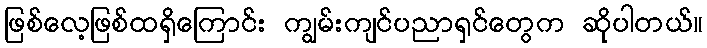
ဖြစ်လေ့ဖြစ်ထရှိကြောင်း ကျွမ်းကျင်ပညာရှင်တွေက ဆိုပါတယ်။